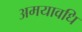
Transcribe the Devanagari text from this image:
अमयावधि